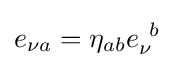
e_{\nu a}=\eta _{ab}e_{\nu }^{\;\,b}